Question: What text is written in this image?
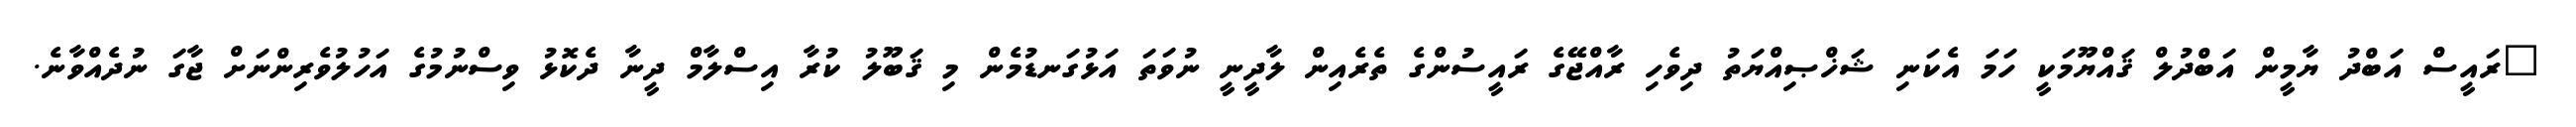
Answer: "ރައީސް އަބްދު ޔާމީން އަބްދުލް ޤައްޔޫމަކީ ހަމަ އެކަނި ޝަޚްޞިއްޔަތު ދިވެހި ރާއްޖޭގެ ރައީސުންގެ ތެރެއިން ލާދީނީ ނުވަތަ އަޅުގަނޑުމެން މި ޤަބޫލު ކުރާ އިސްލާމް ދީނާ ދެކޮޅު ވިސްނުމުގެ އަހުލުވެރިންނަށް ޖާގަ ނުދެއްވާނެ.